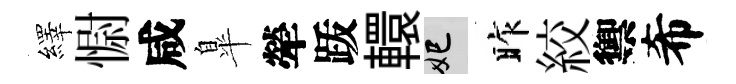
繹𢠢咸臯犖䟦轘妃昨絞禦希